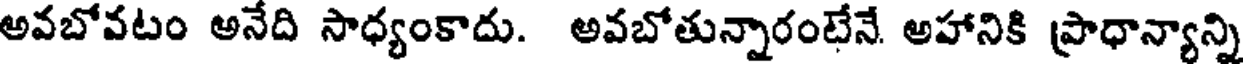
అవబోవటం అనేది సాధ్యంకాదు. అవబోతున్నారంటేనే. అహానికి ప్రాధాన్యాన్ని